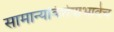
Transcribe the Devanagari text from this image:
सामान्यविशेषाभावेच